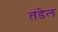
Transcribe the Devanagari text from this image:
तंडेल